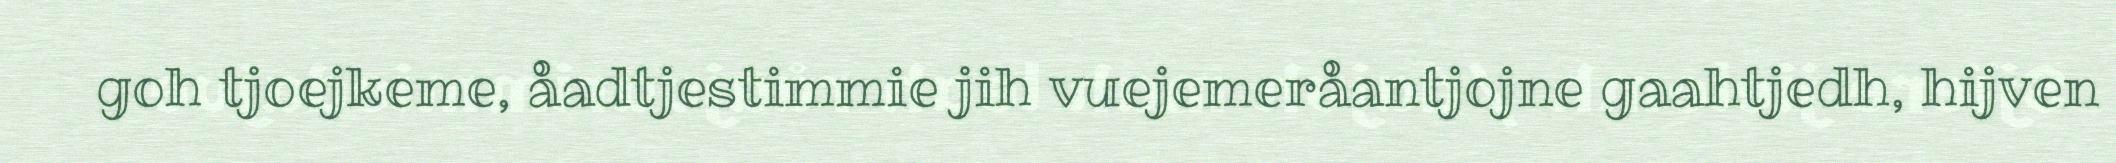
goh tjoejkeme, åadtjestimmie jih vuejemeråantjojne gaahtjedh, hijven